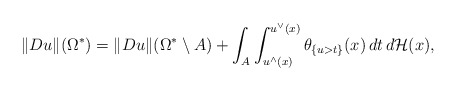
\begin{align*}\Vert Du\Vert(\Omega^*)=\Vert Du\Vert(\Omega^*\setminus A)+\int_A\int_{u^{\wedge}(x)}^{u^{\vee}(x)}\theta_{\{u>t\}}(x)\,dt\,d\mathcal H(x),\end{align*}